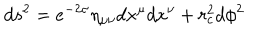
d s ^ { 2 } = e ^ { - 2 \sigma } \eta _ { \mu \nu } d x ^ { \mu } d x ^ { \nu } + r _ { c } ^ { 2 } d \phi ^ { 2 }